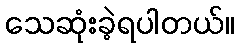
သေဆုံးခဲ့ရပါတယ်။